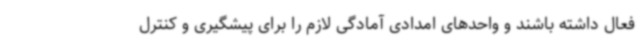
فعال داشته باشند و واحدهای امدادی آمادگی لازم را برای پیشگیری و کنترل